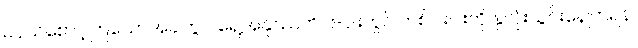
ဥပုသ်စောင့်ကြသောအခါတွင် ရှေ့အနုဿတိ ၆-ပါးတွင် တစ်ပါးပါးကို နှလုံးသွင်းနေကြရန်၊